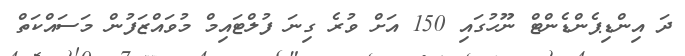
ދަ އިންޑިޕެންޑެންޓް ނޫހުގައި 150 އަށް ވުރެ ގިނަ ފުލްޓައިމް މުވައްޒަފުން މަސައްކަތް